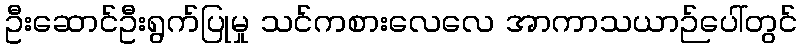
ဦးဆောင်ဦးရွက်ပြုမှု သင်ကစားလေလေ အာကာသယာဉ်ပေါ်တွင်